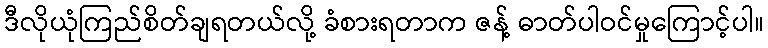
ဒီလိုယုံကြည်စိတ်ချရတယ်လို့ ခံစားရတာက ဇန့် ဓာတ်ပါဝင်မှုကြောင့်ပါ။